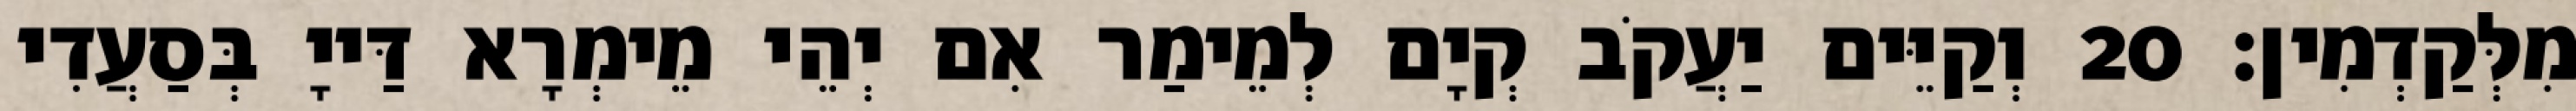
מִלְּקַדְמִין׃ 20 וְקַיֵּים יַעֲקֹב קְיָם לְמֵימַר אִם יְהֵי מֵימְרָא דַּייָ בְּסַעֲדִי